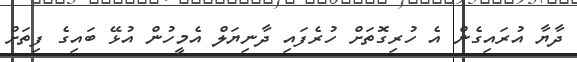
ދާޔާ އުރައިގެން އެ ހުރިގޮތަށް ހުރެފައި ދާނިޔަލް އެމީހުން އުޅޭ ބައިގެ ފިތަށް